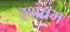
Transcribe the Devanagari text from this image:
हशतम